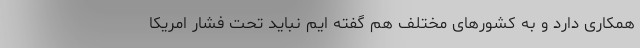
همکاری دارد و به کشور‌های مختلف هم گفته ایم نباید تحت فشار امریکا